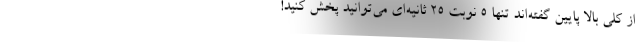
از کلی بالا پایین گفته‌اند تنها ۵ نوبت ۲۵ ثانیه‌ای می‌توانید پخش کنید!